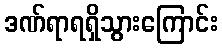
ဒဏ်ရာရရှိသွားကြောင်း